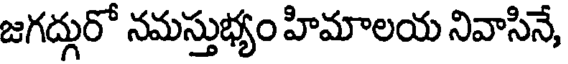
జగద్గురో నమస్తుభ్యం హిమాలయ నివాసినే,